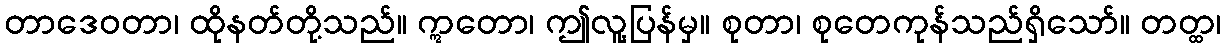
တာဒေဝတာ၊ ထိုနတ်တို့သည်။ ဣတော၊ ဤလူ့ပြန်မှ။ စုတာ၊ စုတေကုန်သည်ရှိသော်။ တတ္ထ၊